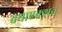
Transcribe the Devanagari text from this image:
तथाएक्शन